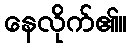
နေလိုက်၏။